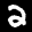
Label: 2